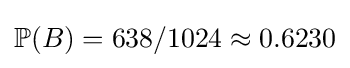
\mathbb {P} (B)=638/1024\approx 0.6230